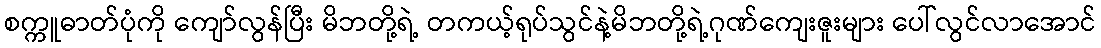
စက္ကူဓာတ်ပုံကို ကျော်လွန်ပြီး မိဘတို့ရဲ့ တကယ့်ရုပ်သွင်နဲ့မိဘတို့ရဲ့ဂုဏ်ကျေးဇူးများ ပေါ်လွင်လာအောင်